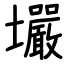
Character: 壧